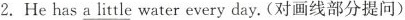
2.He has \underline{a little} water every day. (对画线部分提问)